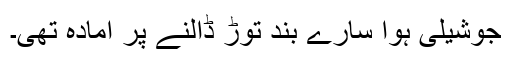
جوشیلی ہوا سارے بند توڑ ڈالنے پر آمادہ تھی۔